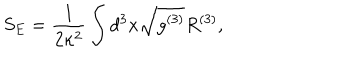
S _ { E } = \frac { 1 } { 2 \kappa ^ { 2 } } \int d ^ { 3 } x \sqrt { g ^ { ( 3 ) } } { R ^ { ( 3 ) } } ,